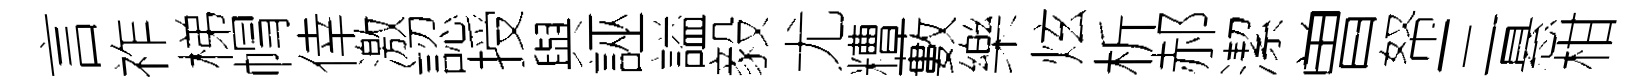
言祚梯㡌倖激認授與誣謚毅尤糟藪樂炫析郝潔曽帑三悬柑